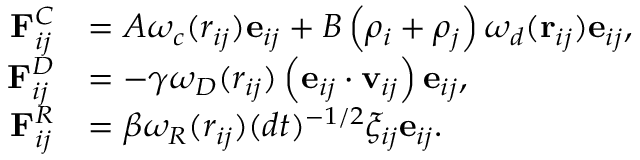
\begin{array} { r l } { \mathbf { F } _ { i j } ^ { C } } & { = A \omega _ { c } ( r _ { i j } ) \mathbf { e } _ { i j } + B \left( \rho _ { i } + \rho _ { j } \right) \omega _ { d } ( \mathbf { r } _ { i j } ) \mathbf { e } _ { i j } , } \\ { \mathbf { F } _ { i j } ^ { D } } & { = - \gamma \omega _ { D } ( r _ { i j } ) \left( \mathbf { e } _ { i j } \cdot \mathbf { v } _ { i j } \right) \mathbf { e } _ { i j } , } \\ { \mathbf { F } _ { i j } ^ { R } } & { = \beta \omega _ { R } ( r _ { i j } ) ( d t ) ^ { - 1 / 2 } \xi _ { i j } \mathbf { e } _ { i j } . } \end{array}